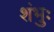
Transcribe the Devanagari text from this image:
शंभुः